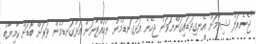
"ޖެނެރަލް ޝިޔާމަށް އެނގިވަޑައިގަންނަވަން ޖެހޭނެ އަޅުގަނޑުމެން ނުހުއްޓާނަން އަޅުގަނޑުމެން ވަރަށް ބޮޑަށް ކާމިޔާބު